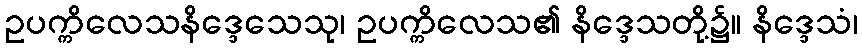
ဥပက္ကိလေသနိဒ္ဒေသေသု၊ ဥပက္ကိလေသ၏ နိဒ္ဒေသတို့၌။ နိဒ္ဒေသံ၊